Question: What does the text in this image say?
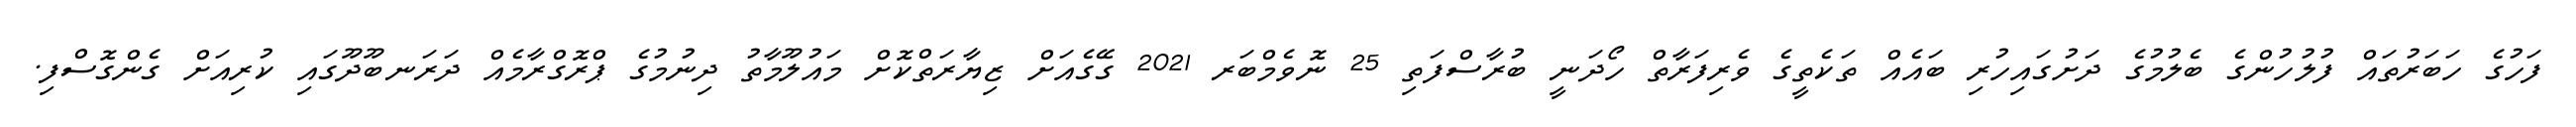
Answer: ފަހުގެ ހަބަރުތައް ފުލުހުންގެ ބެލުމުގެ ދަށުގައިހުރި ބައެއް ތަކެތީގެ ވެރިފަރާތް ހޯދަނީ ބުރާސްފަތި 25 ނޮވެމްބަރ 2021 ގޭގެއަށް ޒިޔާރަތްކޮށް މައުލޫމާތު ދިނުމުގެ ޕްރޮގްރާމެއް ދަރަނބޫދޫގައި ކުރިއަށް ގެންގޮސްފި.